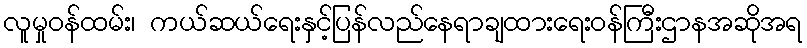
လူမှုဝန်ထမ်း၊ ကယ်ဆယ်ရေးနှင့်ပြန်လည်နေရာချထားရေးဝန်ကြီးဌာနအဆိုအရ